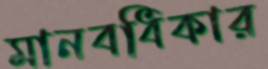
মানবধিকার